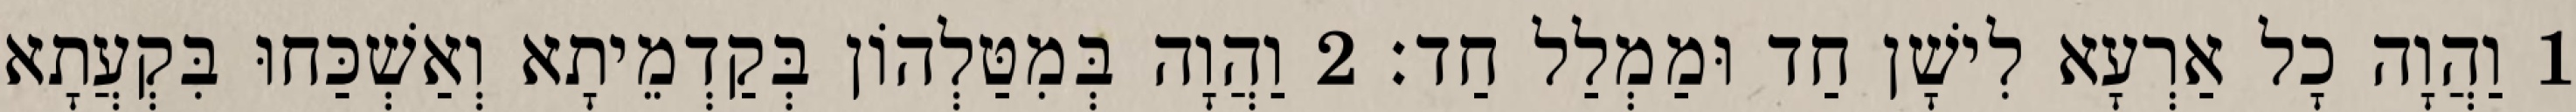
1 וַהֲוָה כָל אַרְעָא לִישָׁן חַד וּמַמְלַל חַד׃ 2 וַהֲוָה בְּמִטַּלְהוֹן בְּקַדְמֵיתָא וְאַשְׁכַּחוּ בִּקְעֲתָא